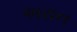
અરાન